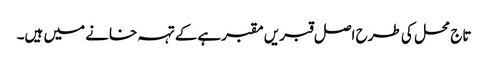
تاج محل کی طرح اصل قبریں مقبرہےکے تہہ خانے میں ہیں۔